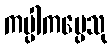
ကပ္ပါကပ္ပေသု